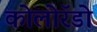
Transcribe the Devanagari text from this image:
कोलोरॅडो